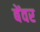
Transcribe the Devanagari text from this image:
बेंवर